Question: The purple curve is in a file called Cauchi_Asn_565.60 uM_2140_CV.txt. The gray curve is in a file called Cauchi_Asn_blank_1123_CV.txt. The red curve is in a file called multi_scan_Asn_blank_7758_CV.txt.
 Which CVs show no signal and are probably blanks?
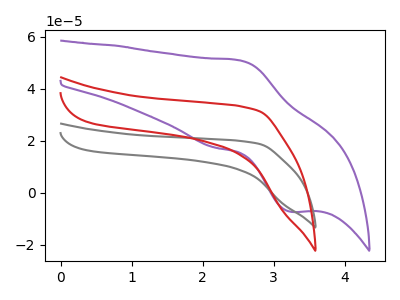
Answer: <think>The purple curve "Asn 565.60 uM" has an anodic peak at (2.50V, 50.95uA) and a cathodic peak at (3.25V, -7.30uA). The gray curve "Asn blank" has no peaks. The red curve "Asn blank" has no peaks.</think>
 <answer>"Asn blank" and "Asn blank" are likely to be blanks.</answer>
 <eval>"Asn blank", "Asn blank"</eval>